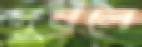
দুষলে